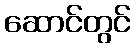
ဆောင်တွင်